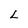
Character: L